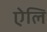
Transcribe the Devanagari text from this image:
ऐलि